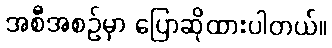
အစီအစဉ်မှာ ပြောဆိုထားပါတယ်။